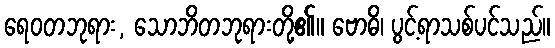
ရေဝတဘုရား, သောဘိတဘုရားတို့၏။ ဗောဓိ၊ ပွင့်ရာသစ်ပင်သည်။